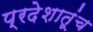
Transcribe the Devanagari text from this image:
प्रदेशातूंच